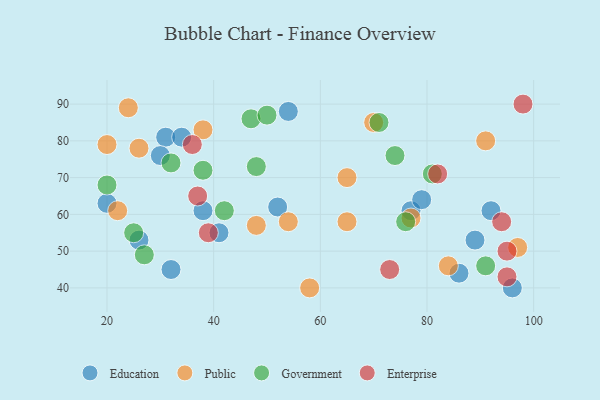
{"axis": {"x": "GDP", "y": "Life Expectancy"}, "legend": ["Education", "Enterprise", "Government", "Public"], "data": [{"x": "52", "y": 62, "type": "Education"}, {"x": "96", "y": 40, "type": "Education"}, {"x": "41", "y": 55, "type": "Education"}, {"x": "77", "y": 61, "type": "Education"}, {"x": "31", "y": 81, "type": "Education"}, {"x": "38", "y": 61, "type": "Education"}, {"x": "92", "y": 61, "type": "Education"}, {"x": "54", "y": 88, "type": "Education"}, {"x": "30", "y": 76, "type": "Education"}, {"x": "79", "y": 64, "type": "Education"}, {"x": "20", "y": 63, "type": "Education"}, {"x": "34", "y": 81, "type": "Education"}, {"x": "86", "y": 44, "type": "Education"}, {"x": "32", "y": 45, "type": "Education"}, {"x": "26", "y": 53, "type": "Education"}, {"x": "89", "y": 53, "type": "Education"}, {"x": "22", "y": 61, "type": "Public"}, {"x": "97", "y": 51, "type": "Public"}, {"x": "77", "y": 59, "type": "Public"}, {"x": "58", "y": 40, "type": "Public"}, {"x": "26", "y": 78, "type": "Public"}, {"x": "65", "y": 70, "type": "Public"}, {"x": "48", "y": 57, "type": "Public"}, {"x": "20", "y": 79, "type": "Public"}, {"x": "24", "y": 89, "type": "Public"}, {"x": "65", "y": 58, "type": "Public"}, {"x": "70", "y": 85, "type": "Public"}, {"x": "38", "y": 83, "type": "Public"}, {"x": "54", "y": 58, "type": "Public"}, {"x": "84", "y": 46, "type": "Public"}, {"x": "91", "y": 80, "type": "Public"}, {"x": "47", "y": 86, "type": "Government"}, {"x": "76", "y": 58, "type": "Government"}, {"x": "20", "y": 68, "type": "Government"}, {"x": "71", "y": 85, "type": "Government"}, {"x": "27", "y": 49, "type": "Government"}, {"x": "38", "y": 72, "type": "Government"}, {"x": "25", "y": 55, "type": "Government"}, {"x": "48", "y": 73, "type": "Government"}, {"x": "74", "y": 76, "type": "Government"}, {"x": "32", "y": 74, "type": "Government"}, {"x": "81", "y": 71, "type": "Government"}, {"x": "42", "y": 61, "type": "Government"}, {"x": "91", "y": 46, "type": "Government"}, {"x": "50", "y": 87, "type": "Government"}, {"x": "37", "y": 65, "type": "Enterprise"}, {"x": "82", "y": 71, "type": "Enterprise"}, {"x": "73", "y": 45, "type": "Enterprise"}, {"x": "36", "y": 79, "type": "Enterprise"}, {"x": "95", "y": 50, "type": "Enterprise"}, {"x": "98", "y": 90, "type": "Enterprise"}, {"x": "94", "y": 58, "type": "Enterprise"}, {"x": "95", "y": 43, "type": "Enterprise"}, {"x": "39", "y": 55, "type": "Enterprise"}]}